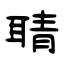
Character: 聙